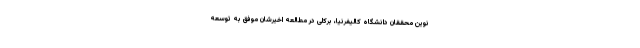
نوین محققان دانشگاه کالیفرنیا، برکلی در مطالعه اخیرشان موفق به توسعه